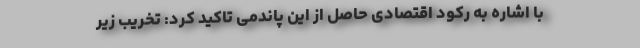
با اشاره به رکود اقتصادی حاصل از این‌ پاندمی تاکید کرد: تخریب زیر